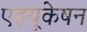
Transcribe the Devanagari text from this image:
एड़यूकेषन